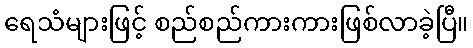
ရေသံများဖြင့် စည်စည်ကားကားဖြစ်လာခဲ့ပြီ။